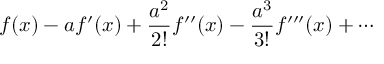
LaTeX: f ( x ) - a f ^ { \prime } ( x ) + { \frac { a ^ { 2 } } { 2 ! } } f ^ { \prime \prime } ( x ) - { \frac { a ^ { 3 } } { 3 ! } } f ^ { \prime \prime \prime } ( x ) + \cdots